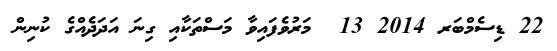
22 ޑިސެމްބަރ 2014 13  މަރުވެފައިވާ މަސްތަކާއި ގިނަ އަދަދެއްގެ ކުނިން